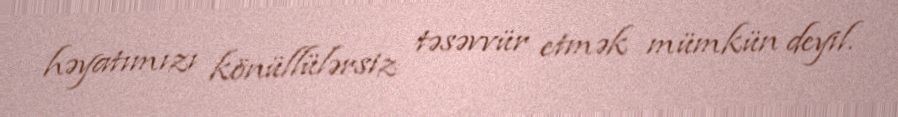
həyatımızı könüllülərsiz təsəvvür etmək mümkün deyil.